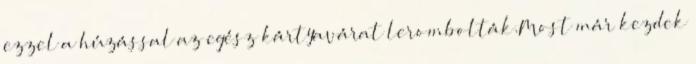
ezzel a húzással az egész kártyavárat lerombolták.Most már kezdek